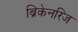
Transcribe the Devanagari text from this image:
ब्रिकेनरिज